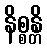
နိစ္စန္တိ